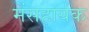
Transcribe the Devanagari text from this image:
मेंसहायक